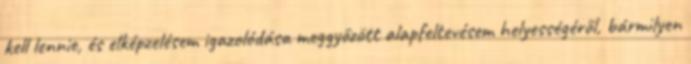
kell lennie, és elképzelésem igazolódása meggyőzött alapfeltevésem helyességéről, bármilyen